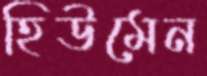
হিউমেন